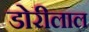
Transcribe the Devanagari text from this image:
डोरीलाल